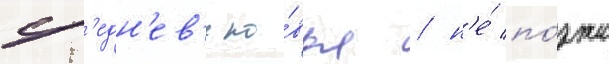
ср'едн'ев'еко́вья / н'е́ по́зже